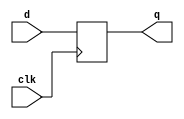
`timescale 1ns / 1ps
//////////////////////////////////////////////////////////////////////////////////
// Company: 
// Engineer: 
// 
// Design Name: 
// Module Name: SIPO1
// Project Name: 
// Target Devices: 
// Tool Versions: 
// Description: 
// 
// Dependencies: 
// 
// Revision:
// Revision 0.01 - File Created
// Additional Comments:
// 
//////////////////////////////////////////////////////////////////////////////////

module dff(d,clk,q);
    input d,clk;
    output q;
    reg q=0;
    always @ (posedge clk)
    begin
    q<=d;
    end
endmodule 

module SIPO1(d,clk,q);
    input d,clk;
    output [3:0]q;
    dff aa(d, clk, q[3]);
    dff bb(q[3], clk, q[2]);
    dff cc(q[2], clk, q[1]);
    dff dd(q[1], clk, q[0]);
endmodule